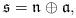
LaTeX: \begin{align*} \mathfrak{s} = \mathfrak{n} \oplus \mathfrak{a}, \end{align*}